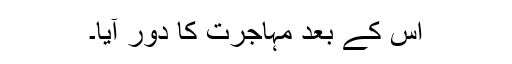
اس کے بعد مہاجرت کا دور آیا۔